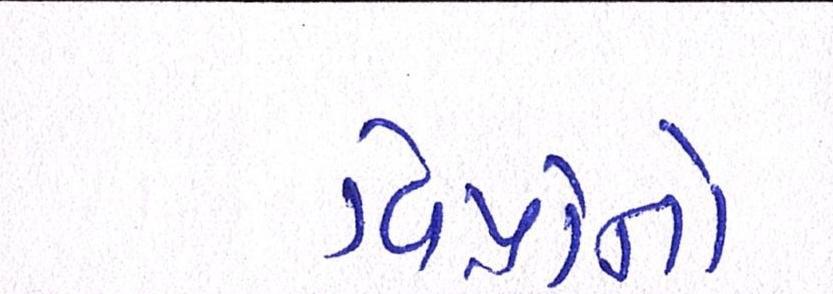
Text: વિપ્રોનો